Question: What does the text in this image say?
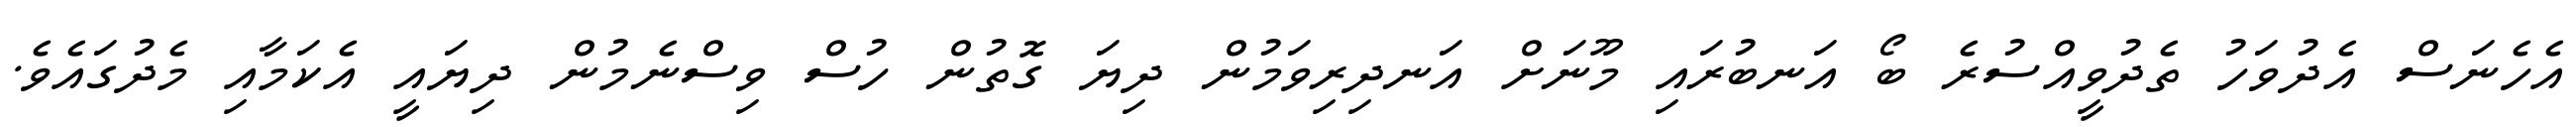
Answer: އެހެނަސް އެދުވަހު ތެދުވީއްސުރެ ބޯ އަނބުރައި މޫނަށް އަނދިރިވަމުން ދިޔަ ގޮތުން ހުސް ވިސްނެމުން ދިޔައީ އެކަމާއި މެދުގައެވެ.